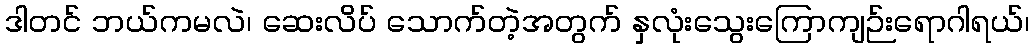
ဒါတင် ဘယ်ကမလဲ၊ ဆေးလိပ် သောက်တဲ့အတွက် နှလုံးသွေးကြောကျဉ်းရောဂါရယ်၊